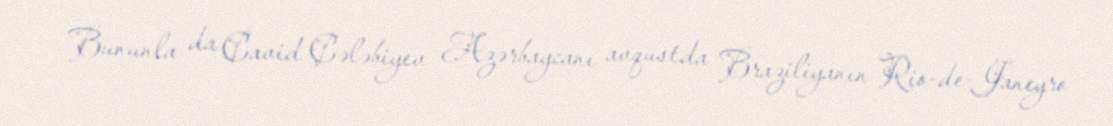
Bununla da Cavid Çələbiyev Azərbaycanı avqustda Braziliyanın Rio-de-Janeyro